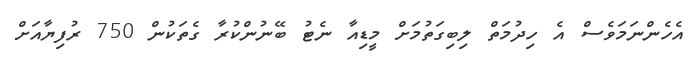
އެހެންނަމަވެސް އެ ހިދުމަތް ލިބިގަތުމަށް މީޑިއާ ނެޓު ބޭނުންކުރާ ގެތަކުން 750 ރުފިޔާއަށް